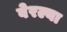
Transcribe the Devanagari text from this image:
वेरल्या